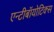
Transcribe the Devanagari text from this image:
एन्टीबॉयोटिक्स